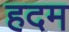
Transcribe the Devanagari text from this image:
हदम